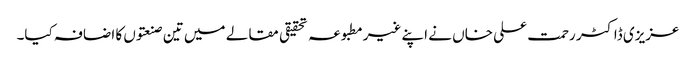
عزیزی ڈاکٹر رحمت علی خاں نے اپنے غیرمطبوعہ تحقیقی مقالے میں تین صنعتوں کا اضافہ کیا۔